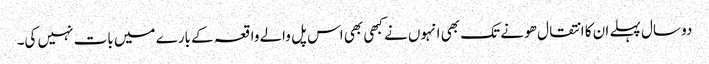
دو سال پہلے ان کا انتقال ھو نے تک بھی انہوں نے کبھی بھی اس پل والے واقعہ کے بارے میں بات نہیں کی۔